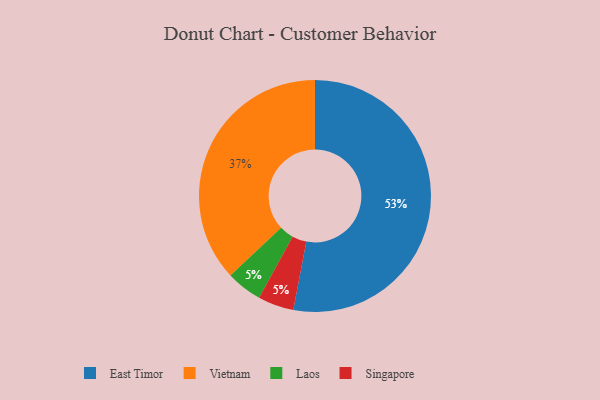
{"axis": {"x": "Category", "y": "Percentage"}, "legend": ["East Timor", "Laos", "Singapore", "Vietnam"], "data": [{"x": "Laos", "y": 5, "type": "Laos"}, {"x": "Vietnam", "y": 37, "type": "Vietnam"}, {"x": "Singapore", "y": 5, "type": "Singapore"}, {"x": "East Timor", "y": 53, "type": "East Timor"}]}